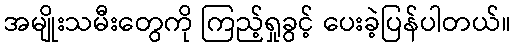
အမျိုးသမီးတွေကို ကြည့်ရှုခွင့် ပေးခဲ့ပြန်ပါတယ်။